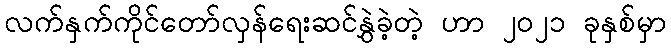
လက်နှက်ကိုင်တော်လှန်ရေးဆင်နွှဲခဲ့တဲ့ ဟာ ၂၀၂၁ ခုနှစ်မှာ